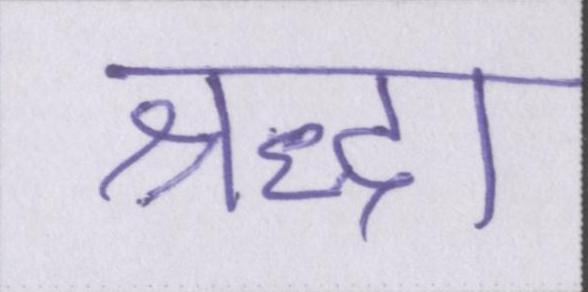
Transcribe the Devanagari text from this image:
श्रद्धा